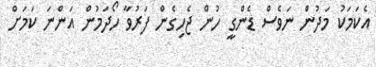
އެކަމަކު މަދުން ނަވެސް ޑެންގީ ހުން ޖެހިގެން ފަރުވާ ހޯދަމުން އަންނަ ކަމަށް